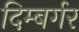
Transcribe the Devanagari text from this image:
दिम्बर्गर